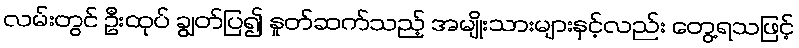
လမ်းတွင် ဦးထုပ် ချွတ်ပြ၍ နှုတ်ဆက်သည့် အမျိုးသားများနှင့်လည်း တွေ့ရသဖြင့်